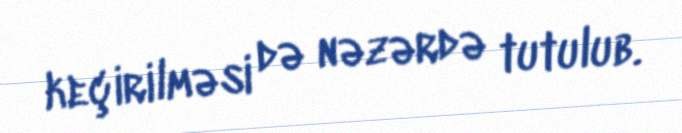
keçirilməsi də nəzərdə tutulub.